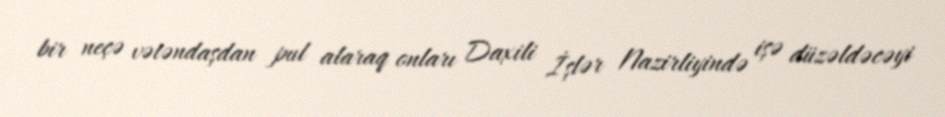
bir neçə vətəndaşdan pul alaraq onları Daxili İşlər Nazirliyində işə düzəldəcəyi